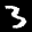
Label: 3